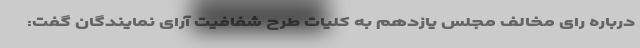
درباره رای مخالف مجلس یازدهم به کلیات طرح شفافیت آرای نمایندگان گفت: